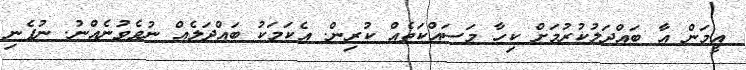
އީމަން އާ ބައްދަލުކުރުމަށް ކިހާ މަސައްކަތެއް ކުރިން. އެކަމަކު ބައްދަލެއް ނުވެވުނެއްނު. ނުފެނި